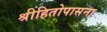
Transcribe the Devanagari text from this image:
श्रीहितोपासना